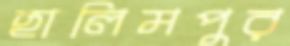
হালিমপুর